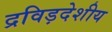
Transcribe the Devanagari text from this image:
द्रविड़देशीय